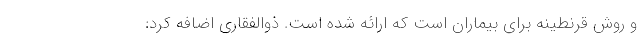
و روش قرنطینه برای بیماران است که ارائه شده است. ذوالفقاری اضافه کرد: